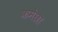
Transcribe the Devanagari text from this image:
कमेछा